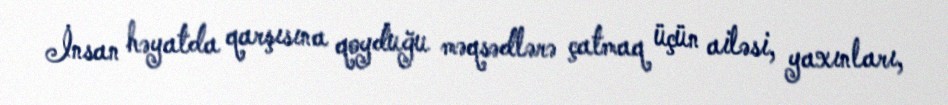
İnsan həyatda qarşısına qoyduğu məqsədlərə çatmaq üçün ailəsi, yaxınları,